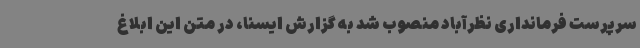
سرپرست فرمانداری نظرآباد منصوب شد به گزارش ایسنا، در متن این ابلاغ